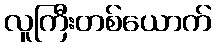
လူကြီးတစ်ယောက်